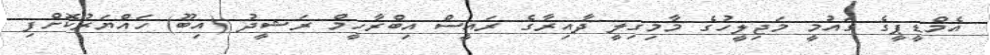
އެމްޑީޕީގެ ގައުމީ މަޖިލީހުގެ މާމިގިލީ ދާއިރާގެ ރައީސް އިބްރާހީމް ރަޝީދު (އިބޫ) ހައްޔަރުކޮށްފި